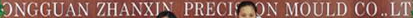
ONGGUAN ZHANXIN PREOISON MOULD CO..LT